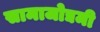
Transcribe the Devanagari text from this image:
सामाजोद्यमी